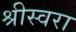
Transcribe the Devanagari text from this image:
श्रीस्वरा